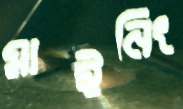
মাইনিং